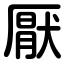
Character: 厭